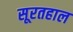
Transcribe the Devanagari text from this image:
सूरतहाल